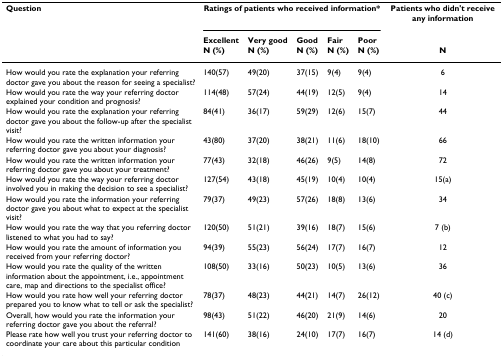
<table><thead><tr><td><b>Question</b></td><td colspan="5"><b>Ratings of patients who received information*</b></td><td><b>Patients who didn&#x27;t receive any information</b></td></tr><tr><td></td><td><b>Excellent</b></td><td><b>Very good</b></td><td><b>Good</b></td><td><b>Fair</b></td><td><b>Poor</b></td><td></td></tr><tr><td></td><td><b>N (%)</b></td><td><b>N (%)</b></td><td><b>N (%)</b></td><td><b>N (%)</b></td><td><b>N (%)</b></td><td><b>N</b></td></tr></thead><tbody><tr><td>How would you rate the explanation your referring doctor gave you about the reason for seeing a specialist?</td><td>140(57)</td><td>49(20)</td><td>37(15)</td><td>9(4)</td><td>9(4)</td><td>6</td></tr><tr><td>How would you rate the way your referring doctor explained your condition and prognosis?</td><td>114(48)</td><td>57(24)</td><td>44(19)</td><td>12(5)</td><td>9(4)</td><td>14</td></tr><tr><td>How would you rate the explanation your referring doctor gave you about the follow-up after the specialist visit?</td><td>84(41)</td><td>36(17)</td><td>59(29)</td><td>12(6)</td><td>15(7)</td><td>44</td></tr><tr><td>How would you rate the written information your referring doctor gave you about your diagnosis?</td><td>43(80)</td><td>37(20)</td><td>38(21)</td><td>11(6)</td><td>18(10)</td><td>66</td></tr><tr><td>How would you rate the written information your referring doctor gave you about your treatment?</td><td>77(43)</td><td>32(18)</td><td>46(26)</td><td>9(5)</td><td>14(8)</td><td>72</td></tr><tr><td>How would you rate the way your referring doctor involved you in making the decision to see a specialist?</td><td>127(54)</td><td>43(18)</td><td>45(19)</td><td>10(4)</td><td>10(4)</td><td>15(a)</td></tr><tr><td>How would you rate the information your referring doctor gave you about what to expect at the specialist visit?</td><td>79(37)</td><td>49(23)</td><td>57(26)</td><td>18(8)</td><td>13(6)</td><td>34</td></tr><tr><td>How would you rate the way that you referring doctor listened to what you had to say?</td><td>120(50)</td><td>51(21)</td><td>39(16)</td><td>18(7)</td><td>15(6)</td><td>7 (b)</td></tr><tr><td>How would you rate the amount of information you received from your referring doctor?</td><td>94(39)</td><td>55(23)</td><td>56(24)</td><td>17(7)</td><td>16(7)</td><td>12</td></tr><tr><td>How would you rate the quality of the written information about the appointment, i.e., appointment care, map and directions to the specialist office?</td><td>108(50)</td><td>33(16)</td><td>50(23)</td><td>10(5)</td><td>13(6)</td><td>36</td></tr><tr><td>How would you rate how well your referring doctor prepared you to know what to tell or ask the specialist?</td><td>78(37)</td><td>48(23)</td><td>44(21)</td><td>14(7)</td><td>26(12)</td><td>40 (c)</td></tr><tr><td>Overall, how would you rate the information your referring doctor gave you about the referral?</td><td>98(43)</td><td>51(22)</td><td>46(20)</td><td>21(9)</td><td>14(6)</td><td>20</td></tr><tr><td>Please rate how well you trust your referring doctor to coordinate your care about this particular condition</td><td>141(60)</td><td>38(16)</td><td>24(10)</td><td>17(7)</td><td>16(7)</td><td>14 (d)</td></tr></tbody></table>